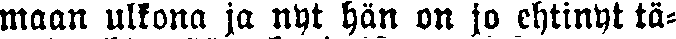
maan ulkona ja nyt hän on jo ehtinyt tä-